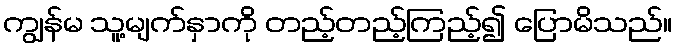
ကျွန်မ သူ့မျက်နှာကို တည့်တည့်ကြည့်၍ ပြောမိသည်။